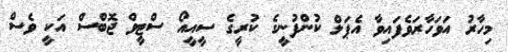
މިހާރު އަވަހާރަވެފައިވާ އެޕަލް ކުންފުނީގެ ކުރީގެ ސީއީއޯ ސްޓީވް ޖޮބްސް އަކީ ވެސް